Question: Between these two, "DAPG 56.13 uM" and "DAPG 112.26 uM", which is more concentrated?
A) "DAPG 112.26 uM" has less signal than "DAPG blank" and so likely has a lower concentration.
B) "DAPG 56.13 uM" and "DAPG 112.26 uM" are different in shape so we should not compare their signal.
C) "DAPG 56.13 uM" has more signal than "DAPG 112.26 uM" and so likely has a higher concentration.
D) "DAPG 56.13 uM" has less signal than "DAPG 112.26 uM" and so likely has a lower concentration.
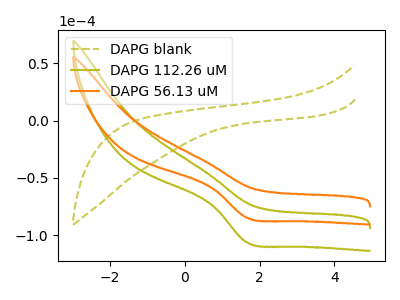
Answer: <think>The olive dashed curve "DAPG blank" has no peaks. The olive curve "DAPG 112.26 uM" has a cathodic peak at: (1.65V, -106.15uA). The orange curve "DAPG 56.13 uM" has a cathodic peak at: (1.65V, -84.70uA).
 All the peaks in "DAPG 56.13 uM" have a peak in "DAPG 112.26 uM" at the same potential. Every peak in "DAPG 56.13 uM" is lower than every peak in "DAPG 112.26 uM".</think>
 <answer>D) "DAPG 56.13 uM" has less signal than "DAPG 112.26 uM" and so likely has a lower concentration.</answer>
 <eval>D</eval>